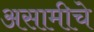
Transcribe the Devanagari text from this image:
असामीचे